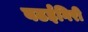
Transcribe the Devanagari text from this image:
बढईगिरी